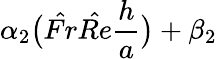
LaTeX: \alpha_{2}\big(\hat{Fr}\hat{Re}\frac{h}{a}\big)+\beta_{2}